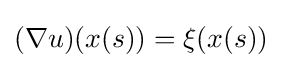
(\nabla u)(x(s))=\xi (x(s))